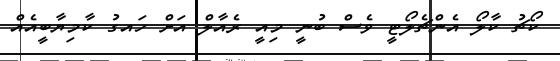
ކޯޗު ކާލޯ އެންޗެލޯޓީ ވެސް ބުނީ މިއީ ރެއާލް އަށް ހައގު ކާމިޔާބީއެއް